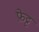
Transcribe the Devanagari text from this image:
फ़ेट्ट